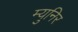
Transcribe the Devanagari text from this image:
म्युनिर